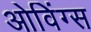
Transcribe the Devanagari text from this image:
ओविंग्स